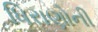
ધિરાણોની